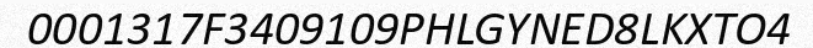
0001317F3409109PHLGYNED8LKXTO4